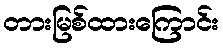
တားမြစ်ထားကြောင်း